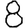
Digit: 8